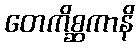
တေကိစ္ဆကာနိ